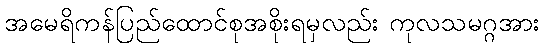
အမေရိကန်ပြည်ထောင်စုအစိုးရမှလည်း ကုလသမဂ္ဂအား